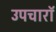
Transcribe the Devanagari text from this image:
उपचारॉ